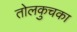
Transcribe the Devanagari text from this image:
तोलकुचका